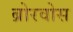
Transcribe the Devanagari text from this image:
ब्रोरवोस